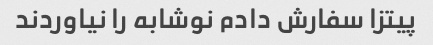
پیتزا سفارش دادم نوشابه را نیاوردند